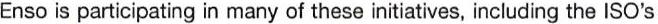
Enso is participating in many of these initiatives, including the ISO's